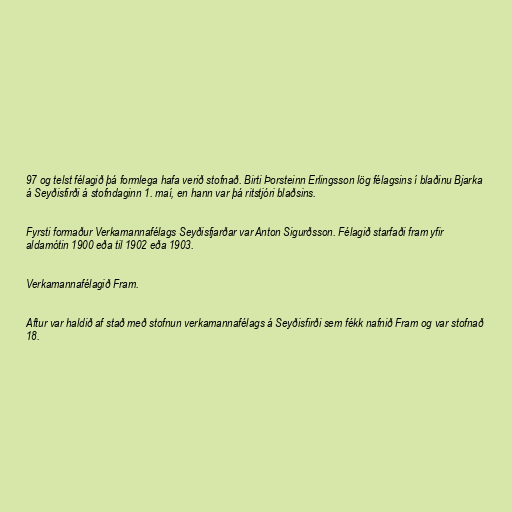
97 og telst félagið þá formlega hafa verið stofnað. Birti Þorsteinn Erlingsson lög félagsins í blaðinu Bjarka
á Seyðisfirði á stofndaginn 1. maí, en hann var þá ritstjóri blaðsins.

Fyrsti formaður Verkamannafélags Seyðisfjarðar var Anton Sigurðsson. Félagið starfaði fram yfir
aldamótin 1900 eða til 1902 eða 1903.

Verkamannafélagið Fram.

Aftur var haldið af stað með stofnun verkamannafélags á Seyðisfirði sem fékk nafnið Fram og var stofnað
18.